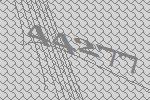
44277